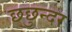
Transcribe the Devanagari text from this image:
छछुन्दर